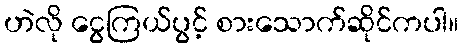
ဟဲလို ငွေကြယ်ပွင့် စားသောက်ဆိုင်ကပါ။